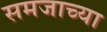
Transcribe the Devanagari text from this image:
समजाच्या